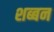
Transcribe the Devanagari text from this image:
शब्बन